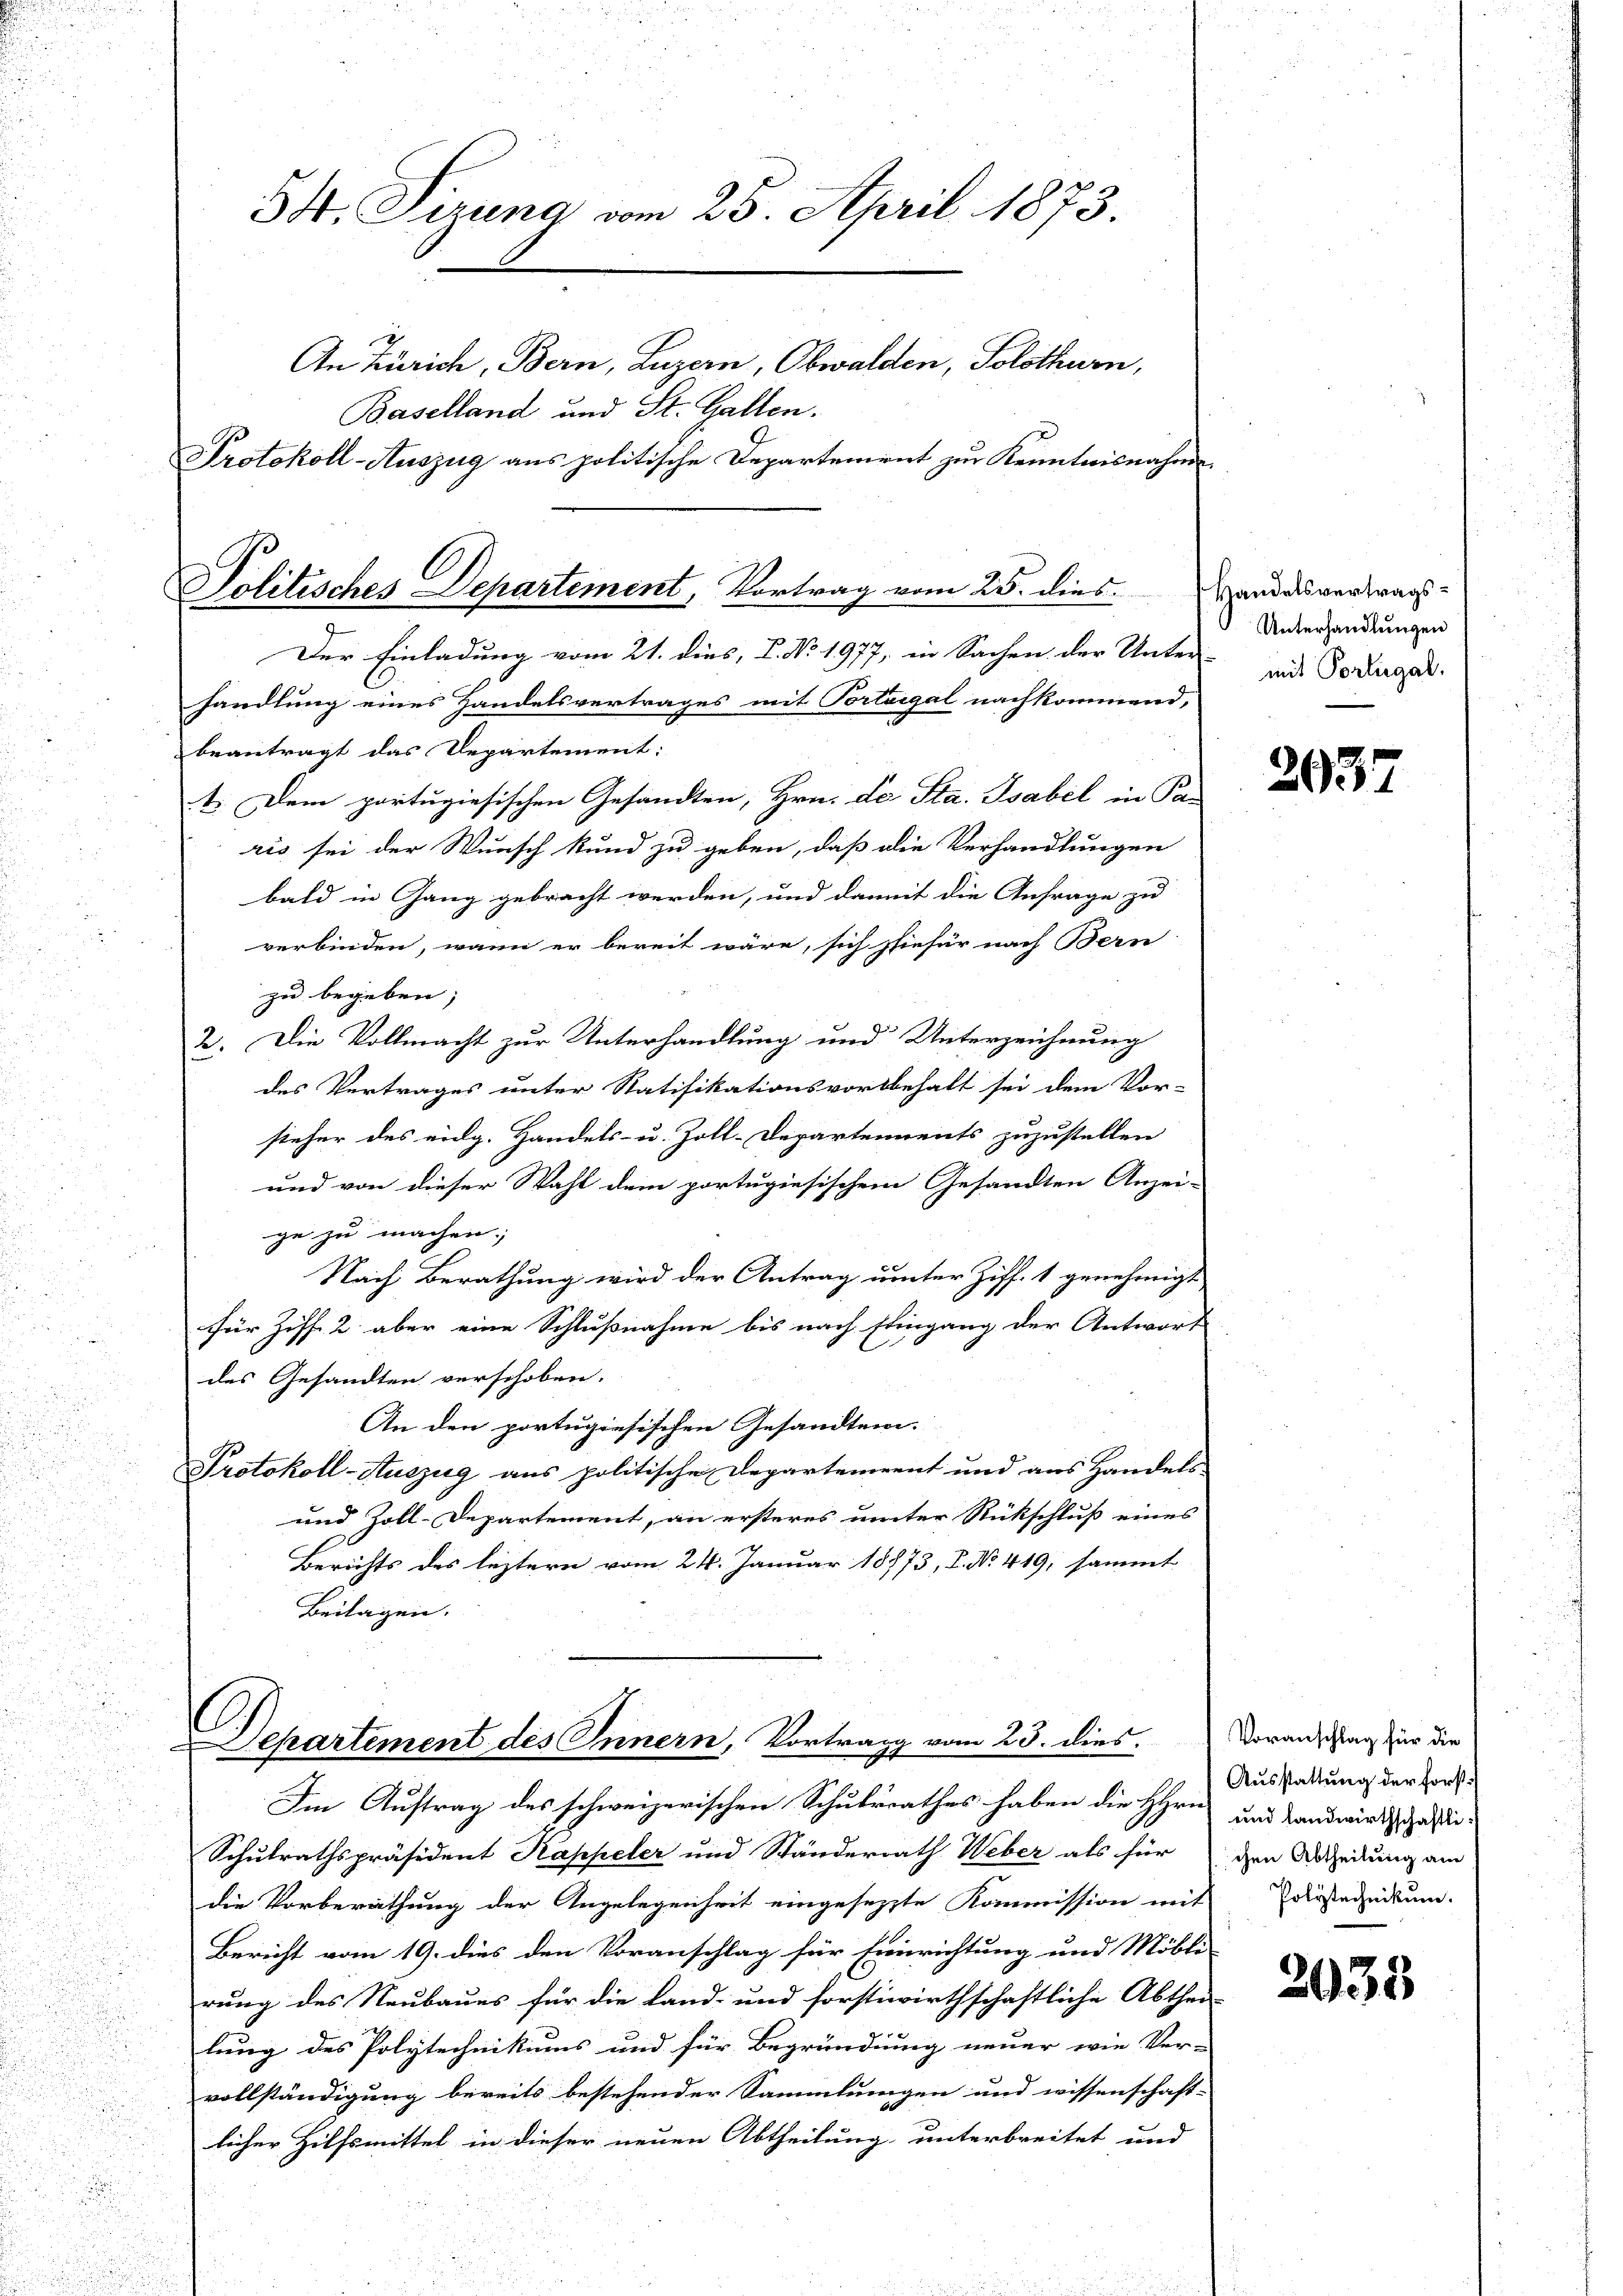
84. Sirung vom 25. April 1873.
.
An Zürich, Bern, Luzern, Obwalden, Solothurn,
Baselland und St. Gallen.
Protokoll-Auszug aus politische Departement zur Kenntnisnahme

Politisches Departement, Vortrag vom 25. dies Handesvertrags-
Der Einladung vom 21. dies, P. No. 1977, in Sachen der Unter-

handlung eines Handelsvertrages mit Porteigel nachkommend,
beantragt das Departement:
1. Dem portugiesischen Gesandten, Hrn. De Sta. Isabel in Ka-
ris sei der Wunsch kund zu geben, daß die Verhandlungen
bald in Gang gebracht werden, und damit die Anfrage zu
verbinden, wann er bereit wäre, sich hiefür nach Bern
zu begeben;
2. Die Vollmacht zur Unterhandlung und Unterzeichnung
des Vertrages unter Ratifikationsvorbehalt sei dem Vor-
sieher des eidg. Handels- u. Zoll-Departements zuzustellen
und von dieser Wahl dem portugiesischem Gesandten Anzei-
ge zu machen;
Nach Berathung wird der Antrag unter Ziff. 1 genehmigt
für Ziff. 2. aber eine Schlußnahme bis nach Eingang der Antwort
des Gesandten verschoben.
An den portugisischen Gesandten.
Protokoll-Auszug aus politische Departement und aus Handels-
und Zoll-Departement, an ersteres unter Rückschluß eines
Berichts des leztern vom 24. Januar 18773, I. No. 419, sammt
Beilagen.

Departement des Innern, Vortrag vom 23. dies.

Unterhandlungen
mit Porliegal.

Im Auftrag des schweizerischen Schuldrathes haben die HHrn.
Schulrathspräsident Kappeler und Ständerrath Weber als für
die Vorberathung der Angelegenheit eingesetzte Kommission mit Priestanikum.
Bericht vom 19. dies den Voranschlag für Einrichtung und Möbli
rung des Neubaues für die Land- und forstiwirthschaftliche Abthei-
lung des Polytechnikums und für Begründung neuer wie Ver-
vollständigung bereits bestehender Sammlungen und wissenschaft-
licher Hilfsmittel in dieser neuen Abtheilung unterbreitet und

2037

Voranschlag für die
Ausstattung der Forst¬
und landwirthschaftlichen Abtheilung am

2033